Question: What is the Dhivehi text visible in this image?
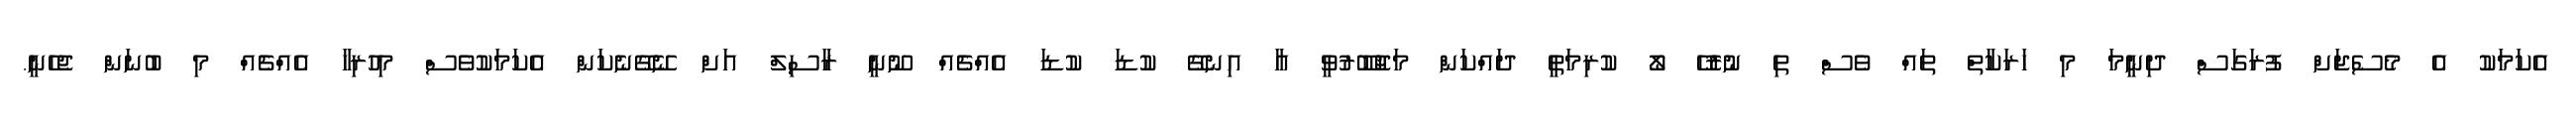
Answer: އެކަމަކު އެ މެސެޖަށް ފުރަގަސް ދިނީމަ މި ހަރަކާތް ތައް ވެސް ތި ނުރުހޭ ލޯ ކުރިމަތީ ދައްކަން މަޖުބޫރުވީ އާ އިނގޭ ކުޑަ ކުޑަ އެއްޗެއް ނޫނީ ރާސިލް އަށް ނޭގޭނެކަން އެކަމަކުވެސް މިހުރިހާ އެއްޗެއް މި ބުނަން ޖެހެނީ.